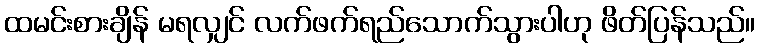
ထမင်းစားချိန် မရလျှင် လက်ဖက်ရည်သောက်သွားပါဟု ဖိတ်ပြန်သည်။